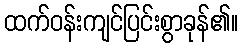
ထက်ဝန်းကျင်ပြင်းစွာခုန်၏။